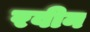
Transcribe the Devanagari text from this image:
रवीन